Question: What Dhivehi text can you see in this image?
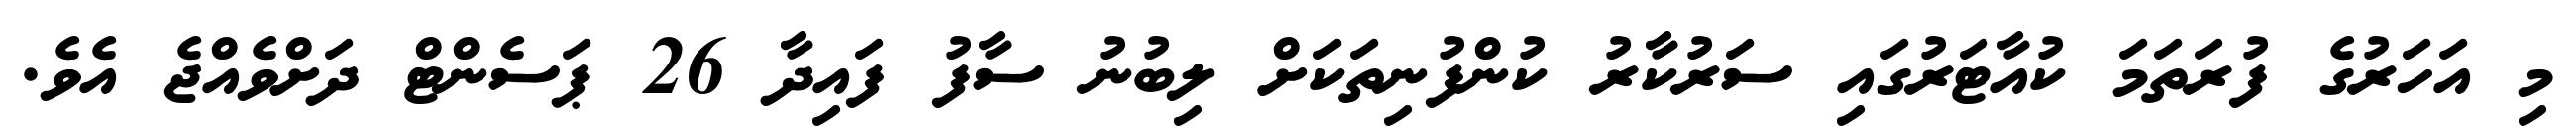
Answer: މި އަހަރުގެ ފުރަތަމަ ކުއާޓަރުގައި ސަރުކާރު ކުންފުނިތަކަށް ލިބުނު ސާފު ފައިދާ 26 ޕަސެންޓް ދަށްވެއްޖެ އެވެ.